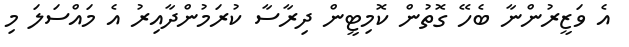
އެ ވަޒީރުންނާ ބެހޭ ގޮތުން ކޮމިޓީން ދިރާސާ ކުރަމުންދާއިރު އެ މައްސަލަ މި